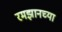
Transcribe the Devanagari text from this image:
रमझानच्या